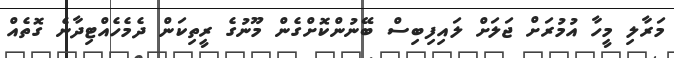
މަރާލި މީހާ އުމުރަށް ޖަލަށް ލައިފިބިސް ބޭނުންކޮށްގެން މޫނުގެ ރީތިކަން ދެމެހެއްޓިދާނެ ގޮތެއް